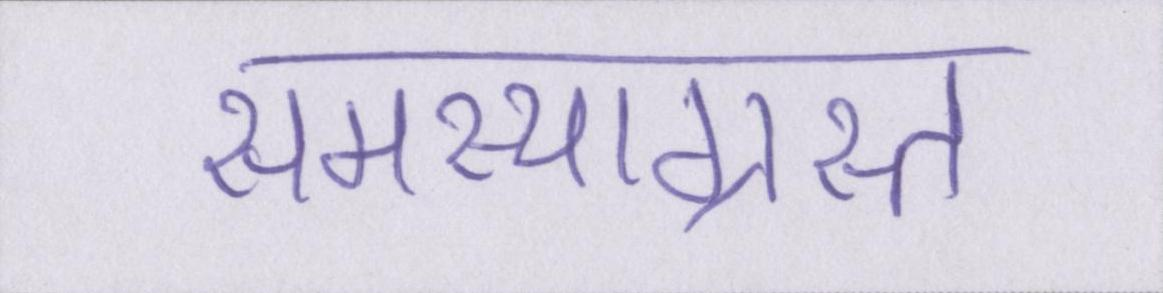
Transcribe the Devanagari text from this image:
समस्याग्रस्त